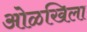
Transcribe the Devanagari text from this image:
ओळखिला